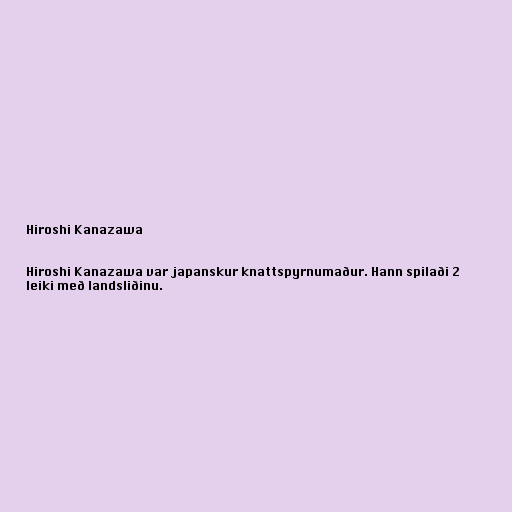
Hiroshi Kanazawa

Hiroshi Kanazawa var japanskur knattspyrnumaður. Hann spilaði 2
leiki með landsliðinu.